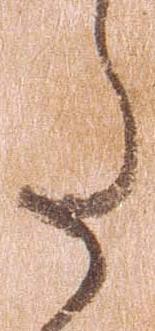
た